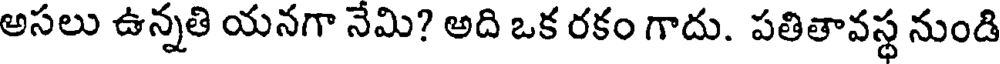
అసలు ఉన్నతి యనగా నేమి? అది ఒక రకం గాదు. పతితావస్థ నుండి